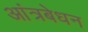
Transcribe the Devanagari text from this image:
आंत्रबेधन